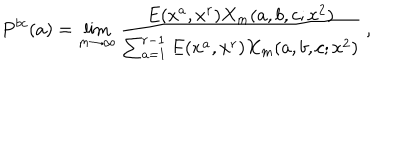
P ^ { b c } ( a ) = \lim _ { m \to \infty } \frac { E ( x ^ { a } , x ^ { r } ) X _ { m } ( a , b , c ; x ^ { 2 } ) } { \sum _ { a = 1 } ^ { r - 1 } E ( x ^ { a } , x ^ { r } ) X _ { m } ( a , b , c ; x ^ { 2 } ) } \: ,